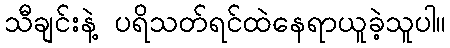
သီချင်းနဲ့ ပရိသတ်ရင်ထဲနေရာယူခဲ့သူပါ။